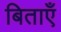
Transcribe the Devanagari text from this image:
बिताएँ